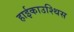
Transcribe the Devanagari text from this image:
हाईकाउश्थिस